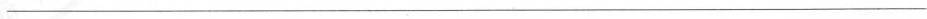
___